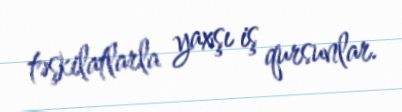
təşkilatlarla yaxşı iş qursunlar.